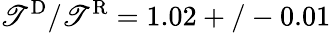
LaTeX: \mathscr{T}^{\mathrm{{{D}}}}/\mathscr{T}^{\mathrm{{{R}}}}=1.02+/-0.01